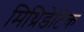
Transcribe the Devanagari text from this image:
मिथ्रिडेटिक